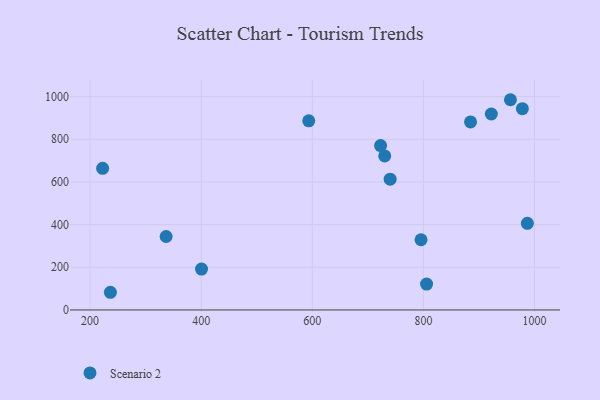
{"axis": {"x": "Engine Size", "y": "Sales"}, "legend": ["Scenario 2"], "data": [{"x": "222.6", "y": 663.8, "type": "Scenario 2"}, {"x": "978.1", "y": 943.3, "type": "Scenario 2"}, {"x": "987.1", "y": 406.2, "type": "Scenario 2"}, {"x": "730.3", "y": 722.0, "type": "Scenario 2"}, {"x": "956.6", "y": 985.3, "type": "Scenario 2"}, {"x": "236.6", "y": 82.9, "type": "Scenario 2"}, {"x": "593.6", "y": 886.3, "type": "Scenario 2"}, {"x": "336.9", "y": 344.2, "type": "Scenario 2"}, {"x": "722.9", "y": 770.6, "type": "Scenario 2"}, {"x": "740.1", "y": 613.1, "type": "Scenario 2"}, {"x": "805.7", "y": 121.4, "type": "Scenario 2"}, {"x": "400.6", "y": 191.4, "type": "Scenario 2"}, {"x": "795.7", "y": 329.1, "type": "Scenario 2"}, {"x": "884.8", "y": 881.4, "type": "Scenario 2"}, {"x": "922.2", "y": 918.4, "type": "Scenario 2"}]}